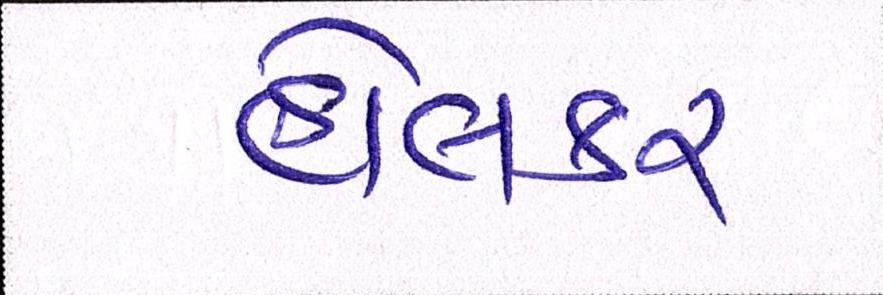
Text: હોલકર